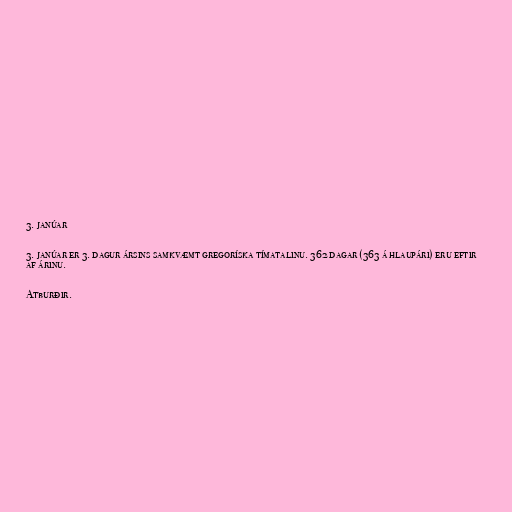
3. janúar

3. janúar er 3. dagur ársins samkvæmt gregoríska tímatalinu. 362 dagar (363 á hlaupári) eru eftir
af árinu.

Atburðir.